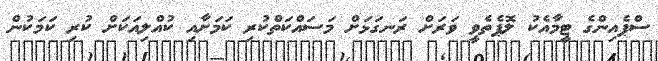
ސްޕެއިންގެ ޓީމާއެކު ލޮޕެތެވީ ވަރަށް ރަނގަޅަށް މަސައްކަތްކުރި ކަމަށާއި ކުއްލިއަކަށް ކުރި ކަމަކުން